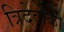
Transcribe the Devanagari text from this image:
त्रिदेवोंकी